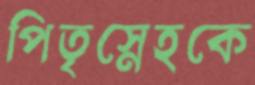
পিতৃস্নেহকে